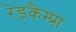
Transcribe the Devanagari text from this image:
रेडकैम्प्रा